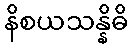
နိစယသန္နိဓိ